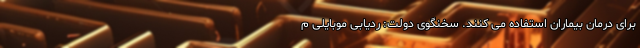
برای درمان بیماران استفاده می کنند. سخنگوی دولت: ردیابی موبایلی م